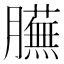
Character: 𦢲